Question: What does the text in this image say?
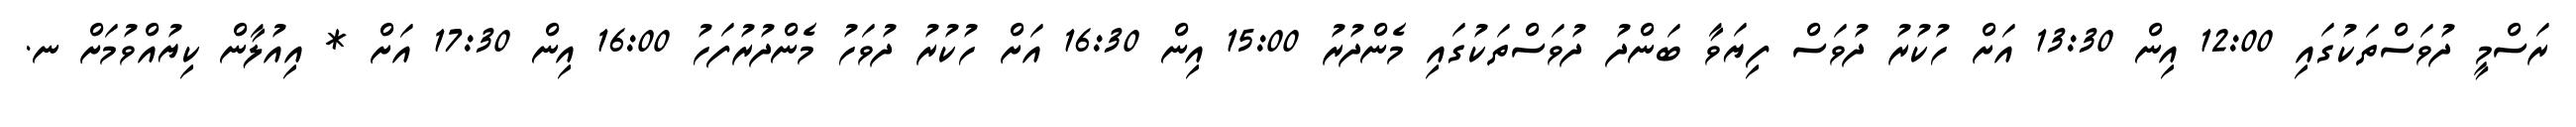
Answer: ރަސްމީ ދުވަސްތަކުގައި 12:00 އިން 13:30 އަށް ހުކުރު ދުވަސް ފިޔަވާ ބަންދު ދުވަސްތަކުގައި މެންދުރު 15:00 އިން 16:30 އަށް ހުކުރު ދުވަހު މެންދުރުފަހު 16:00 އިން 17:30 އަށް * އިއުލާން ކިޔުއްވުމަށް ނ.